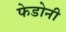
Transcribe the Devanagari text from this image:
फेडोनी